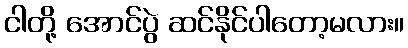
ငါတို့ အောင်ပွဲ ဆင်နိုင်ပါတော့မလား။